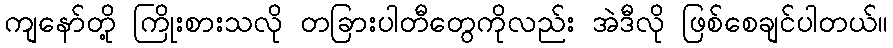
ကျနော်တို့ ကြိုးစားသလို တခြားပါတီတွေကိုလည်း အဲဒီလို ဖြစ်စေချင်ပါတယ်။